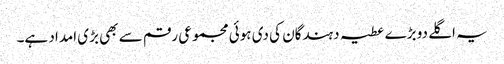
یہ اگلے دو بڑے عطیہ دہندگان کی دی ہوئی مجموعی رقم سے بھی بڑی امداد ہے۔